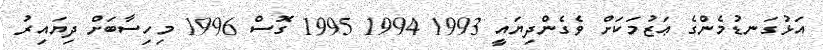
އަޅުގަނޑުމެންގެ ޢަޒުމަކަށް ވެގެންދިޔައީ 1993 1994 1995 ގޮސް 1996 މިހިސާބަށް ދިޔައިރު